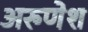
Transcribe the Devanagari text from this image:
अरुणेश